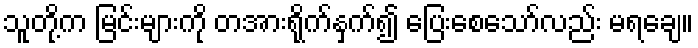
သူတို့က မြင်းများကို တအားရိုက်နှက်၍ ပြေးစေသော်လည်း မရချေ။